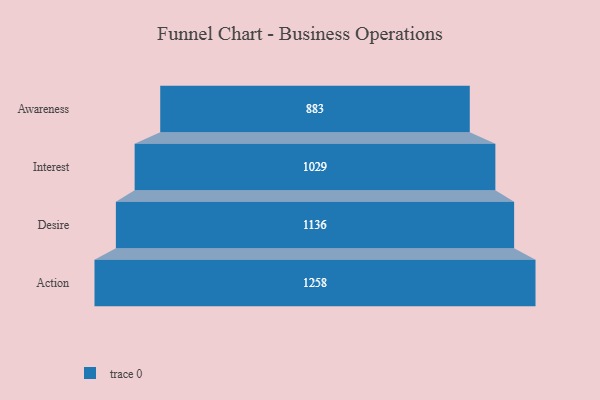
{"axis": {"x": "Stage", "y": "Value"}, "legend": [""], "data": [{"x": "Awareness", "y": 883.0, "type": ""}, {"x": "Interest", "y": 1029.0, "type": ""}, {"x": "Desire", "y": 1136.0, "type": ""}, {"x": "Action", "y": 1258.0, "type": ""}]}